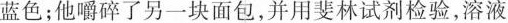
蓝色；他嚼碎了另一块面包，并用斐林试剂检验，溶液